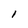
Character: l